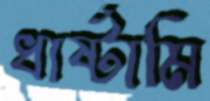
ধার্ষ্টামি